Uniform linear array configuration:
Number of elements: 8
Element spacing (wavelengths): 0.5
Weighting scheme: hann
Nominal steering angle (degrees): -30
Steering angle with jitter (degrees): -29.798
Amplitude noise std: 0.05
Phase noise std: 0.05

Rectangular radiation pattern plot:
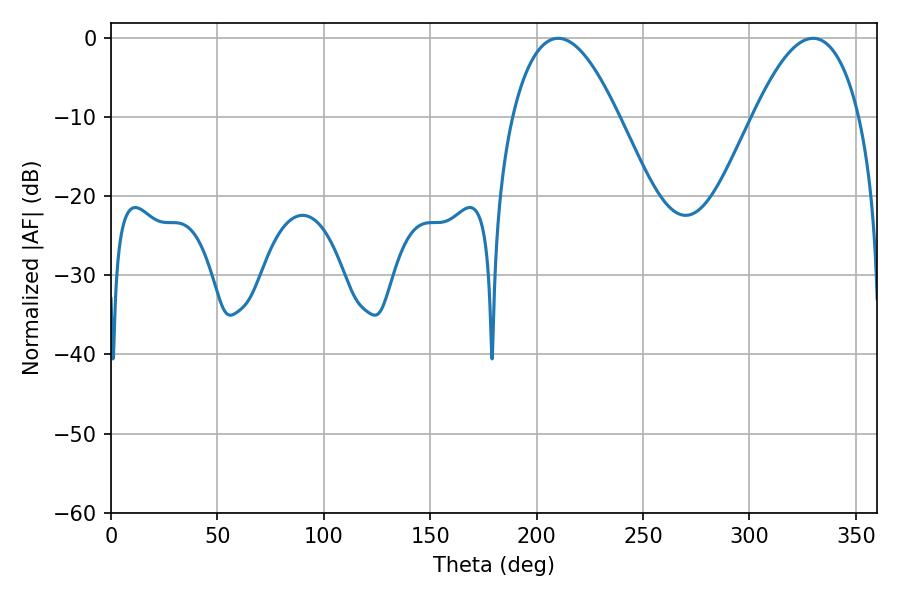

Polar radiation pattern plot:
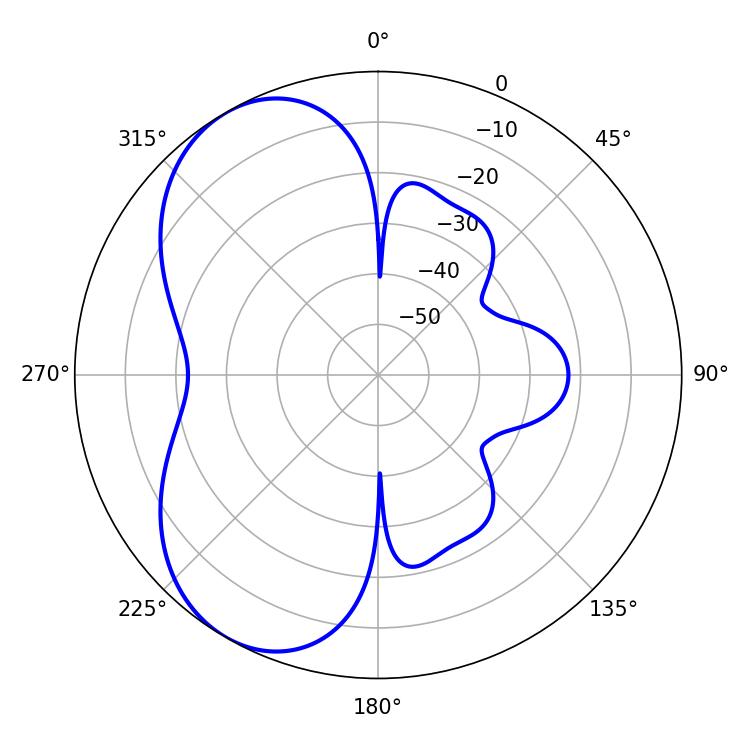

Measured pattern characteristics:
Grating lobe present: FALSE
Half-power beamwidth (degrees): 27.36
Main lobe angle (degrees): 210.06